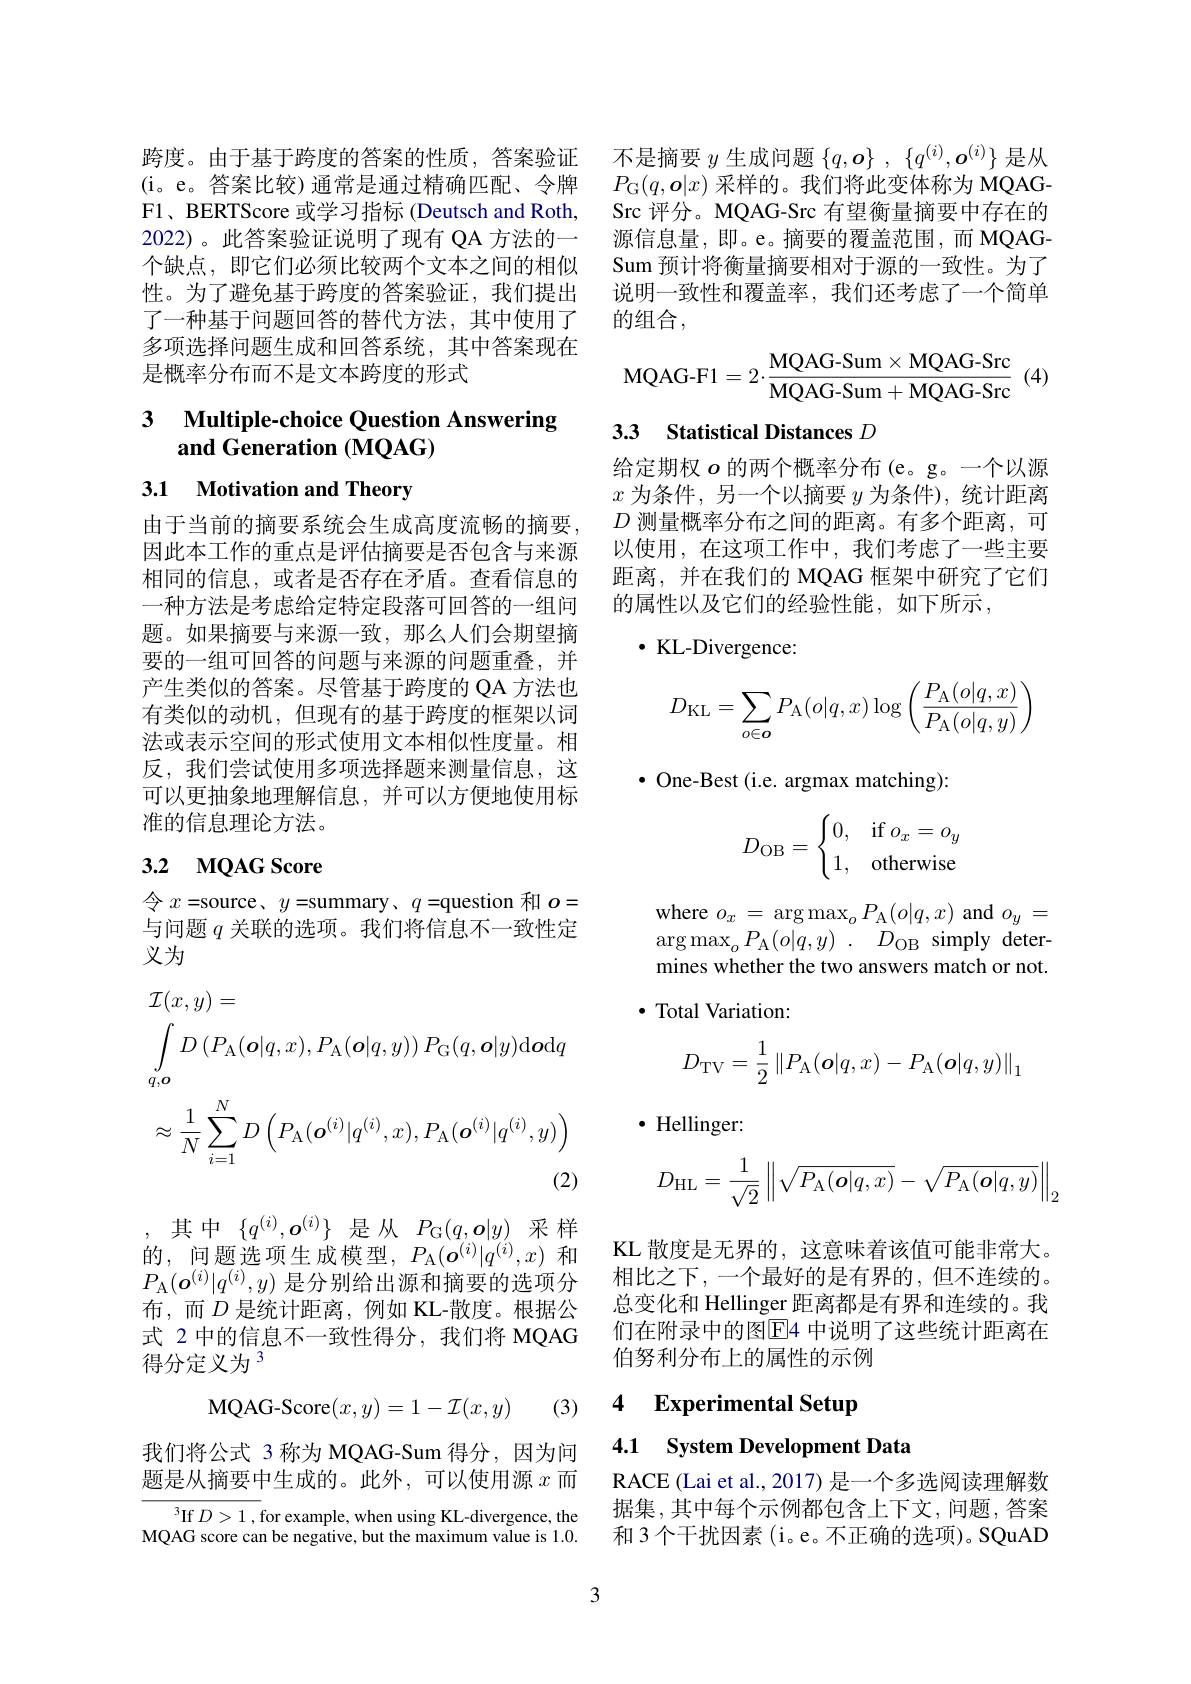
跨度。由于基于跨度的答案的性质，答案验证(i。e。答案比较)通常是通过精确匹配、令牌F1、BERTScore 或学习指标 (Deutsch and Roth, 2022)。此答案验证说明了现有 QA 方法的一个缺点，即它们必须比较两个文本之间的相似性。为了避免基于跨度的答案验证，我们提出了一种基于问题回答的替代方法，其中使用了多项选择问题生成和回答系统，其中答案现在是概率分布而不是文本跨度的形式

## 3 Multiple-choice Question Answering and Generation (MQAG)

3.1 Motivation and Theory

由于当前的摘要系统会生成高度流畅的摘要因此本工作的重点是评估摘要是否包含与来源相同的信息，或者是否存在矛盾。查看信息的一种方法是考虑给定特定段落可回答的一组问题。如果摘要与来源一致，那么人们会期望摘要的一组可回答的问题与来源的问题重叠，并产生类似的答案。尽管基于跨度的 QA 方法也有类似的动机，但现有的基于跨度的框架以词法或表示空间的形式使用文本相似性度量。相反，我们尝试使用多项选择题来测量信息，这可以更抽象地理解信息，并可以方便地使用标准的信息理论方法。

## 3.2 мQAG Score

$令x=$source$,y=$summary$,q=$question 和$o=$ 与问题$q$关联的选项。我们将信息不一致性定义为

不是摘要$y$生成问题$\{ q, \boldsymbol{o}\}$ , $\{ q^{( i) }, \boldsymbol{o}^{( i) }\}$是从$P_{\mathrm{G}}(q,\boldsymbol{o}|x)$采样的。我们将此变体称为 MQAGSrc 评分。MQAG-Src 有望衡量摘要中存在的源信息量，即。e。摘要的覆盖范围，而 MQAGSum 预计将衡量摘要相对于源的一致性。为了说明一致性和覆盖率，我们还考虑了一个简单的组合，

$\mathbf{MQAG-F1}=2\cdot\frac{\mathbf{MQAG-Sum}\times\mathbf{MQAG-Src}}{\mathbf{MOAG-Sum}+\mathbf{MOAG-Src}}$(4)

# 33 Statistical Distances $D$

给定期权$o$的两个概率分布(e。g。一个以源$x$为条件，另一个以摘要$y$为条件),统计距离$D$测量概率分布之间的距离。有多个距离，可以使用，在这项工作中，我们考虑了一些主要距离，并在我们的 MQAG 框架中研究了它们的属性以及它们的经验性能，如下所示，

$\cdot$ KL-Divergence:
$$D_{\mathrm{KL}}=\sum_{o\in\boldsymbol{o}}P_{\mathrm{A}}(o|q,x)\log\left(\frac{P_{\mathrm{A}}(o|q,x)}{P_{\mathrm{A}}(o|q,y)}\right)$$
$\bullet$ One-Best (i.e. argmax matching):
$$D_{\mathrm{OB}}=\begin{cases}0,&\text{if}\:o_x=o_y\\1,&\text{otherwise}\end{cases}$$
where $o_x=\operatorname{arg}\operatorname*{max}_oP_\mathrm{A}(o|q,x)$ and $o_y=$ $\arg\max_{o}P_{\mathrm{A}}(o|q,y)~.~D_{\mathrm{OB}}~$simply determines whether the two answers match or not. $\cdot$ Total Variation:
$$D_{\mathrm{TV}}=\frac{1}{2}\left\|P_{\mathrm{A}}(\boldsymbol{o}|q,x)-P_{\mathrm{A}}(\boldsymbol{o}|q,y)\right\|_{1}$$
$\cdot$ Hellinger:
$$D_{\mathrm{HL}}=\dfrac{1}{\sqrt{2}}\left\|\sqrt{P_{\mathrm{A}}(\boldsymbol{o}|q,x)}-\sqrt{P_{\mathrm{A}}(\boldsymbol{o}|q,y)}\right\|_{2}$$
KL 散度是无界的，这意味着该值可能非常大。相比之下，一个最好的是有界的，但不连续的。总变化和 Hellinger 距离都是有界和连续的。我们在附录中的图$\overline{\mathrm{E}}$4 中说明了这些统计距离在伯努利分布上的属性的示例

# 4 Experimental Setup

4.1 System Development Data

RACE (Lai et al., 2017) 是一个多选阅读理解数据集 ,其中每个示例都包含上下文，问题，答案和 3 个干扰因素 (i。e。不正确的选项)。SQuAD
$$\begin{aligned}&\mathcal{I}(x,y)=\\&\int_{q,\boldsymbol{o}}D\left(P_{\mathrm{A}}(\boldsymbol{o}|q,x),P_{\mathrm{A}}(\boldsymbol{o}|q,y)\right)P_{\mathrm{G}}(q,\boldsymbol{o}|y)\mathrm{d}\boldsymbol{o}\mathrm{d}q\\&\approx\frac{1}{N}\sum_{i=1}^{N}D\left(P_{\mathrm{A}}(\boldsymbol{o}^{(i)}|q^{(i)},x),P_{\mathrm{A}}(\boldsymbol{o}^{(i)}|q^{(i)},y)\right)\\&&\text{(2)}\end{aligned}$$
,其中$\{q^(i),\boldsymbol{o}^{(i)}\}$是从$P_{\mathrm{G}}(q,\boldsymbol{o}|y)$采样的，问题选项生成模型，$P_{\mathrm{A}}(\boldsymbol{o}^{(i)}|q^{(i)},x)$和$P_{\mathrm{A}}(\boldsymbol{o}^{(i)}|q^{(i)},y)$是分别给出源和摘要的选项分布，而$D$ 是统计距离，例如 KL-散度。根据公式 2 中的信息不一致性得分，我们将 MQAG 得分定义为$^{3}$

(3)
$$\mathrm{MQAG-Score}(x,y)=1-\mathcal{I}(x,y)$$
我们将公式 3 称为 MQAG-Sum 得分，因为问题是从摘要中生成的。此外，可以使用源$x$而

${^{3}\mathrm{If~}D>1,\mathrm{~for~example,~when~using~KL-divergence,~the}}$ MQAG score can be negative, but the maximum value is 1.0.

3